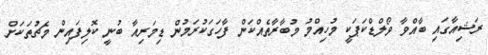
ރަޝިއާގައި ބާއްވާ ވޯލްޑްކަޕަކީ މުހިއްމު މުބާރާތެއްކަން ފާހަގަކުރަމުން ޑިމަރިއާ ބުނީ ކޮލިފައިން މެޗުތަކަށް